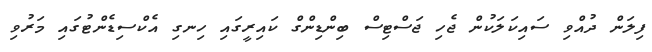
ފިލަން ދުއްވި ސައިކަލަކުން ޖެހި ޖަސްޓިސް ބިންޑިންގް ކައިރީގައި ހިނގި އެކްސިޑެންޓުގައި މަރުވި